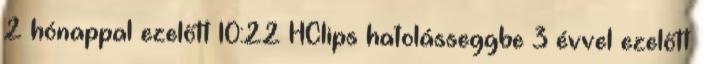
2 hónappal ezelőtt 10:22 HClips hatolásseggbe 3 évvel ezelőtt